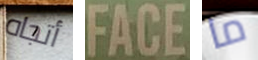
أتجاه FACE ما